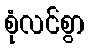
စုံလင်စွာ